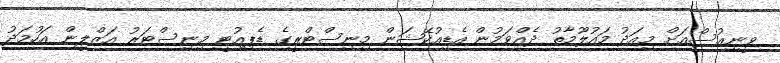
ވީނިއުސްއަށް މިއަދު މައުލޫމާތު ދެއްވަމުން އެޑިއުކޭޝަން މިނިސްޓްރީގެ ޑެޕިއުޓީ މިނިސްޓަރު އަޒްލީން އަހުމަދު